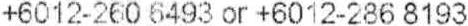
+6012-260 6493 OR +6012-286 8193